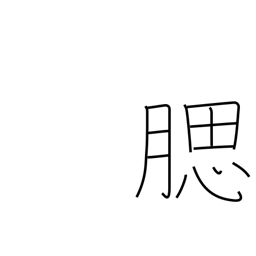
Meaning: jaw